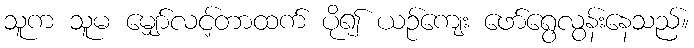
သူက သူမ မျှော်လင့်တာထက် ပို၍ ယဉ်ကျေး ဖော်ရွေလွန်းနေသည်။